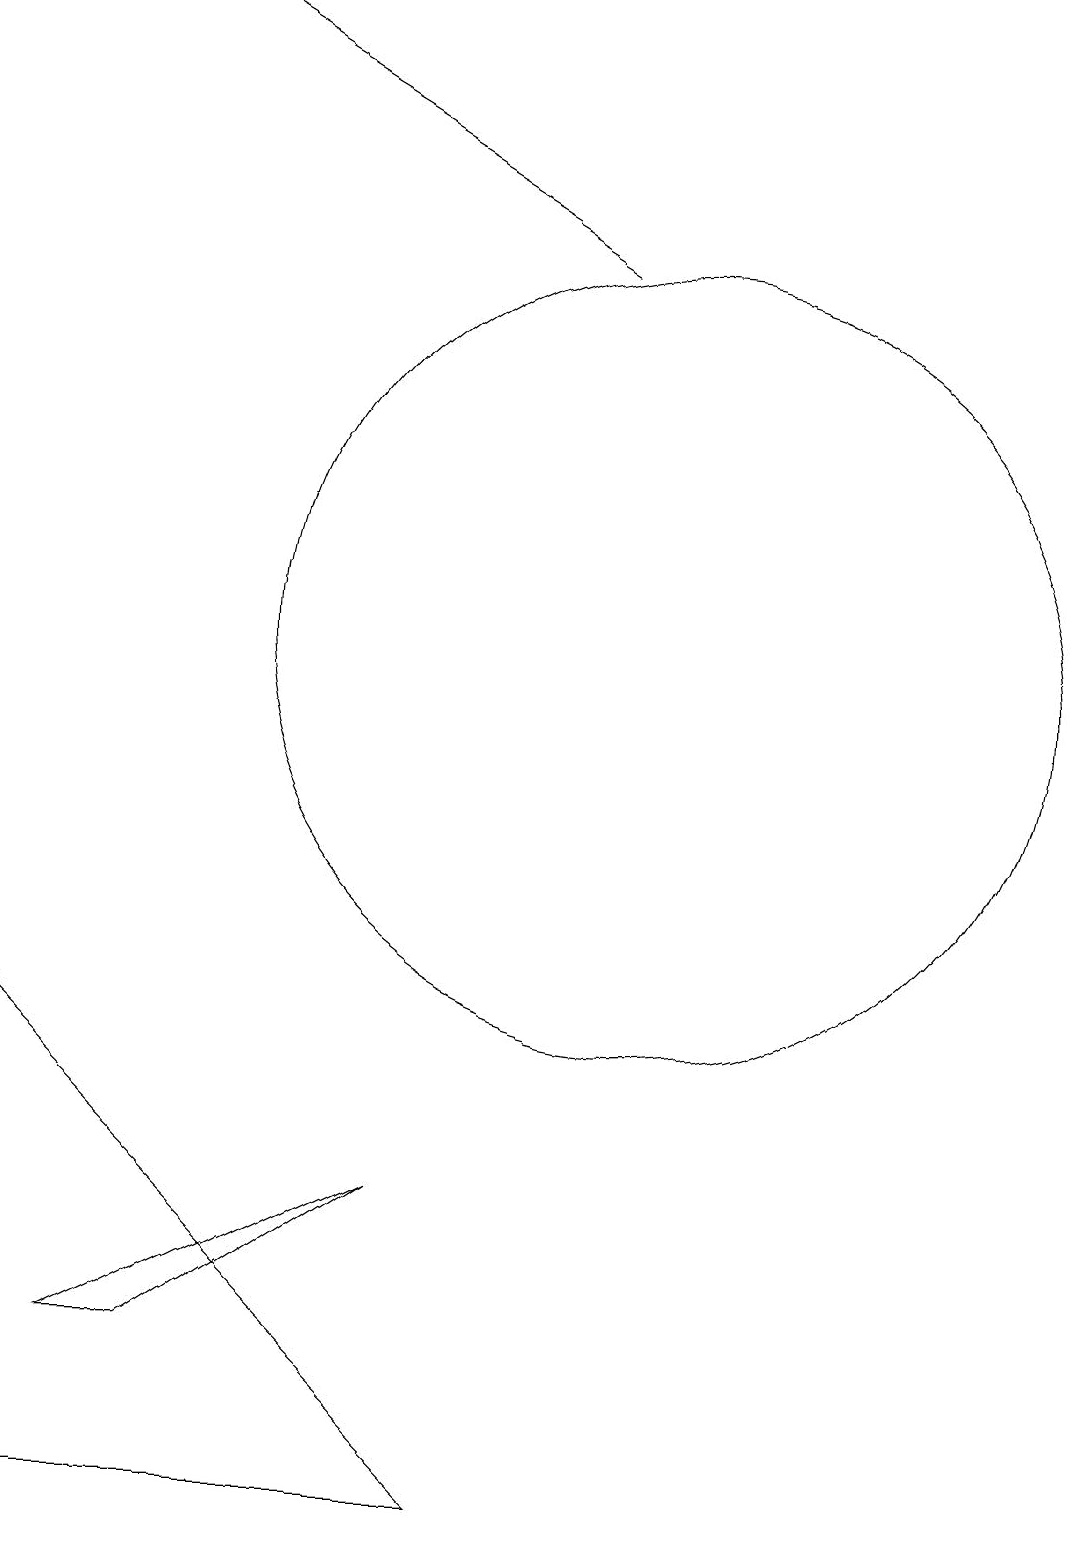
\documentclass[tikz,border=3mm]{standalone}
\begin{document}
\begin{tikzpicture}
\draw[->] (9,16) -- (4,19);
\draw (7,4) -- (3,2) -- (4,2) -- cycle;
\draw (10,11) circle (5);
\draw (10,11) circle (0);
\draw (2,6) -- (8,0) -- (2,0) -- cycle;
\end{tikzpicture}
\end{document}